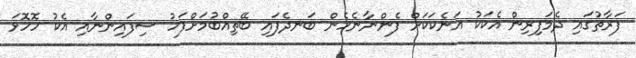
ފަރާތުގައި ދެމަފިރިން އެކަކު އަނެކަކަށް ފެންނާނެހެން ބަނދެފައި ބޭތިއްބުމަށްފަހު ސިފައިންނާއި އެކު ހޮހޮޅަ